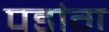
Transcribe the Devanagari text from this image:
पडांग